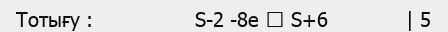
Тотығу :                 S-2 -8e → S+6             | 5